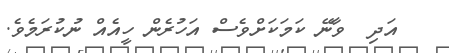
އަދި  ވާނޭ ކަމަކަށްވެސް އަހުރެން ހީއެއް ނުކުރަމެވެ.